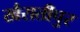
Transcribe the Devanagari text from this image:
खैरातीपुर